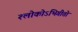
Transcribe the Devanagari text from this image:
श्लोकोऽभिगीतो